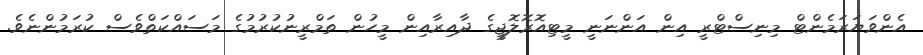
އެންވަޔަރަމެންޓް މިނިސްޓްރީ އިން އަންނަނީ މީޓިއޮރޮލޮޖީގެ ދާއިރާއިން މީހުން ތަމްރީނުކުރުމުގެ މަސައްކަތްވެސް ކުރަމުންނެވެ.